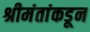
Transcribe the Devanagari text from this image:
श्रीमंतांकडून